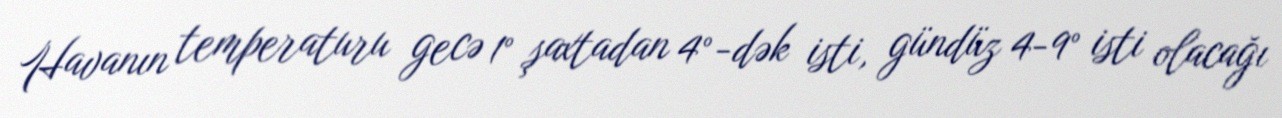
Havanın temperaturu gecə 1° şaxtadan 4°-dək isti, gündüz 4-9° isti olacağı